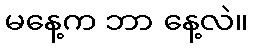
မနေ့က ဘာ နေ့လဲ။